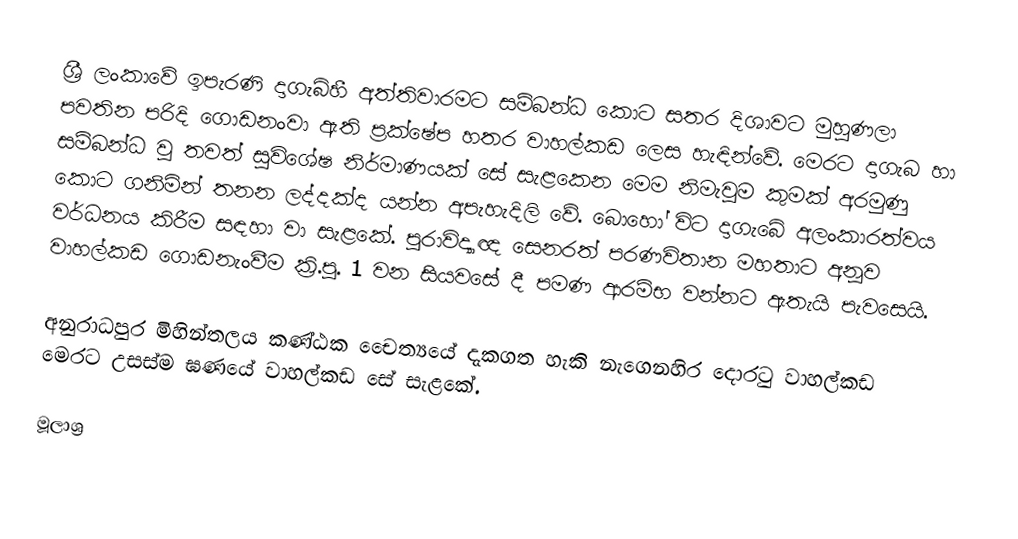
ශ්‍රී ලංකාවේ ඉපැරණි දාගැබ්හී අත්තිවාරමට සම්බන්ධ කොට සතර දිශාවට මුහුණලා පවතින පරිදි ගොඩනංවා ඇති ප්‍රක්ෂේප හතර වාහල්කඩ ලෙස හැඳින්වේ. මෙරට දාගැබ හා සම්බන්ධ වූ තවත් සුවිශේෂ නිර්මාණයක් සේ සැළකෙන මෙම නිමැවුම කුමක් අරමුණු කොට ගනිමින් තනන ලද්දක්ද යන්න අපැහැදිලි වේ. බොහෝ විට දාගැබේ අලංකාරත්වය වර්ධනය කිරීම සඳහා වා සැළකේ. පුරාවිද්‍යාඥ සෙනරත් පරණවිතාන මහතාට අනූව වාහල්කඩ ගොඩනැංවීම ක්‍රි.පූ. 1 වන සියවසේ දී පමණ ආරම්භ වන්නට ඇතැයි පැවසෙයි.

අනුරාධපුර මිහින්තලය කණ්ඨක චෙෙත්‍යයේ දැකගත හැකි නැගෙනහිර දොරටු වාහල්කඩ මෙරට උසස්ම ඝණයේ වාහල්කඩ සේ සැළකේ.

මූලාශ්‍ර